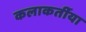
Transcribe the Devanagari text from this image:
कलाकर्तीया